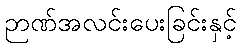
ဉာဏ်အလင်းပေးခြင်းနှင့်